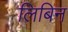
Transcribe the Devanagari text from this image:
लिबिन